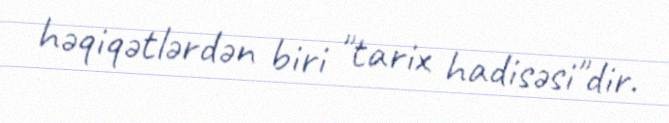
həqiqətlərdən biri "tarix hadisəsi"dir.